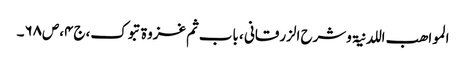
المواھب اللدنیۃ وشرح الزرقانی ، باب ثم غزوۃ تبوک،ج۴،ص۶۸۔